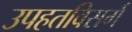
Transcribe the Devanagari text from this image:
उपहतविसर्ग